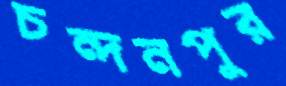
চন্দনপুর